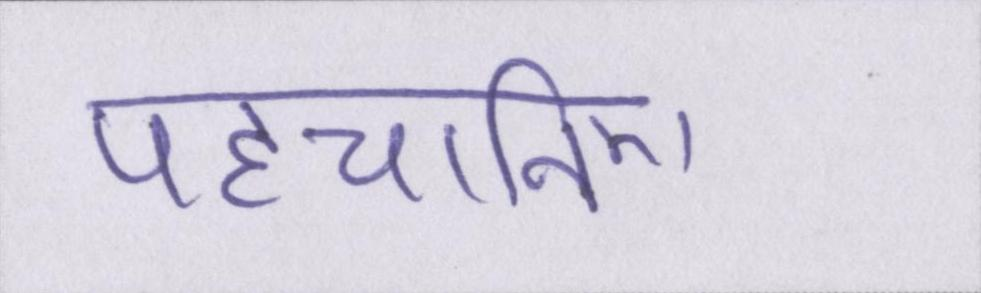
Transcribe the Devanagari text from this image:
पहचानिए